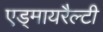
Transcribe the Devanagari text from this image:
एड्मायरैल्टी